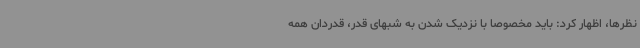
نظرها، اظهار کرد: باید مخصوصا با نزدیک شدن به شبهای قدر، قدردان همه